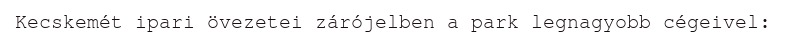
Kecskemét ipari övezetei zárójelben a park legnagyobb cégeivel: